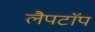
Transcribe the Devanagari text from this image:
लैपटाॅप